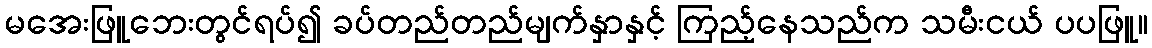
မအေးဖြူဘေးတွင်ရပ်၍ ခပ်တည်တည်မျက်နှာနှင့် ကြည့်နေသည်က သမီးငယ် ပပဖြူ။